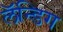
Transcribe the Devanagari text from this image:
लॅन्डिग